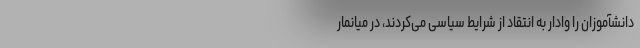
دانشآموزان را وادار به انتقاد از شرایط سیاسی می‌کردند، در میانمار